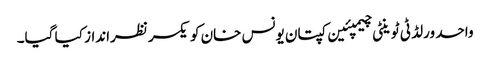
واحد ورلڈ ٹی ٹوینٹی چیمپئین کپتان یونس خان کو یکسر نظرانداز کیا گیا۔